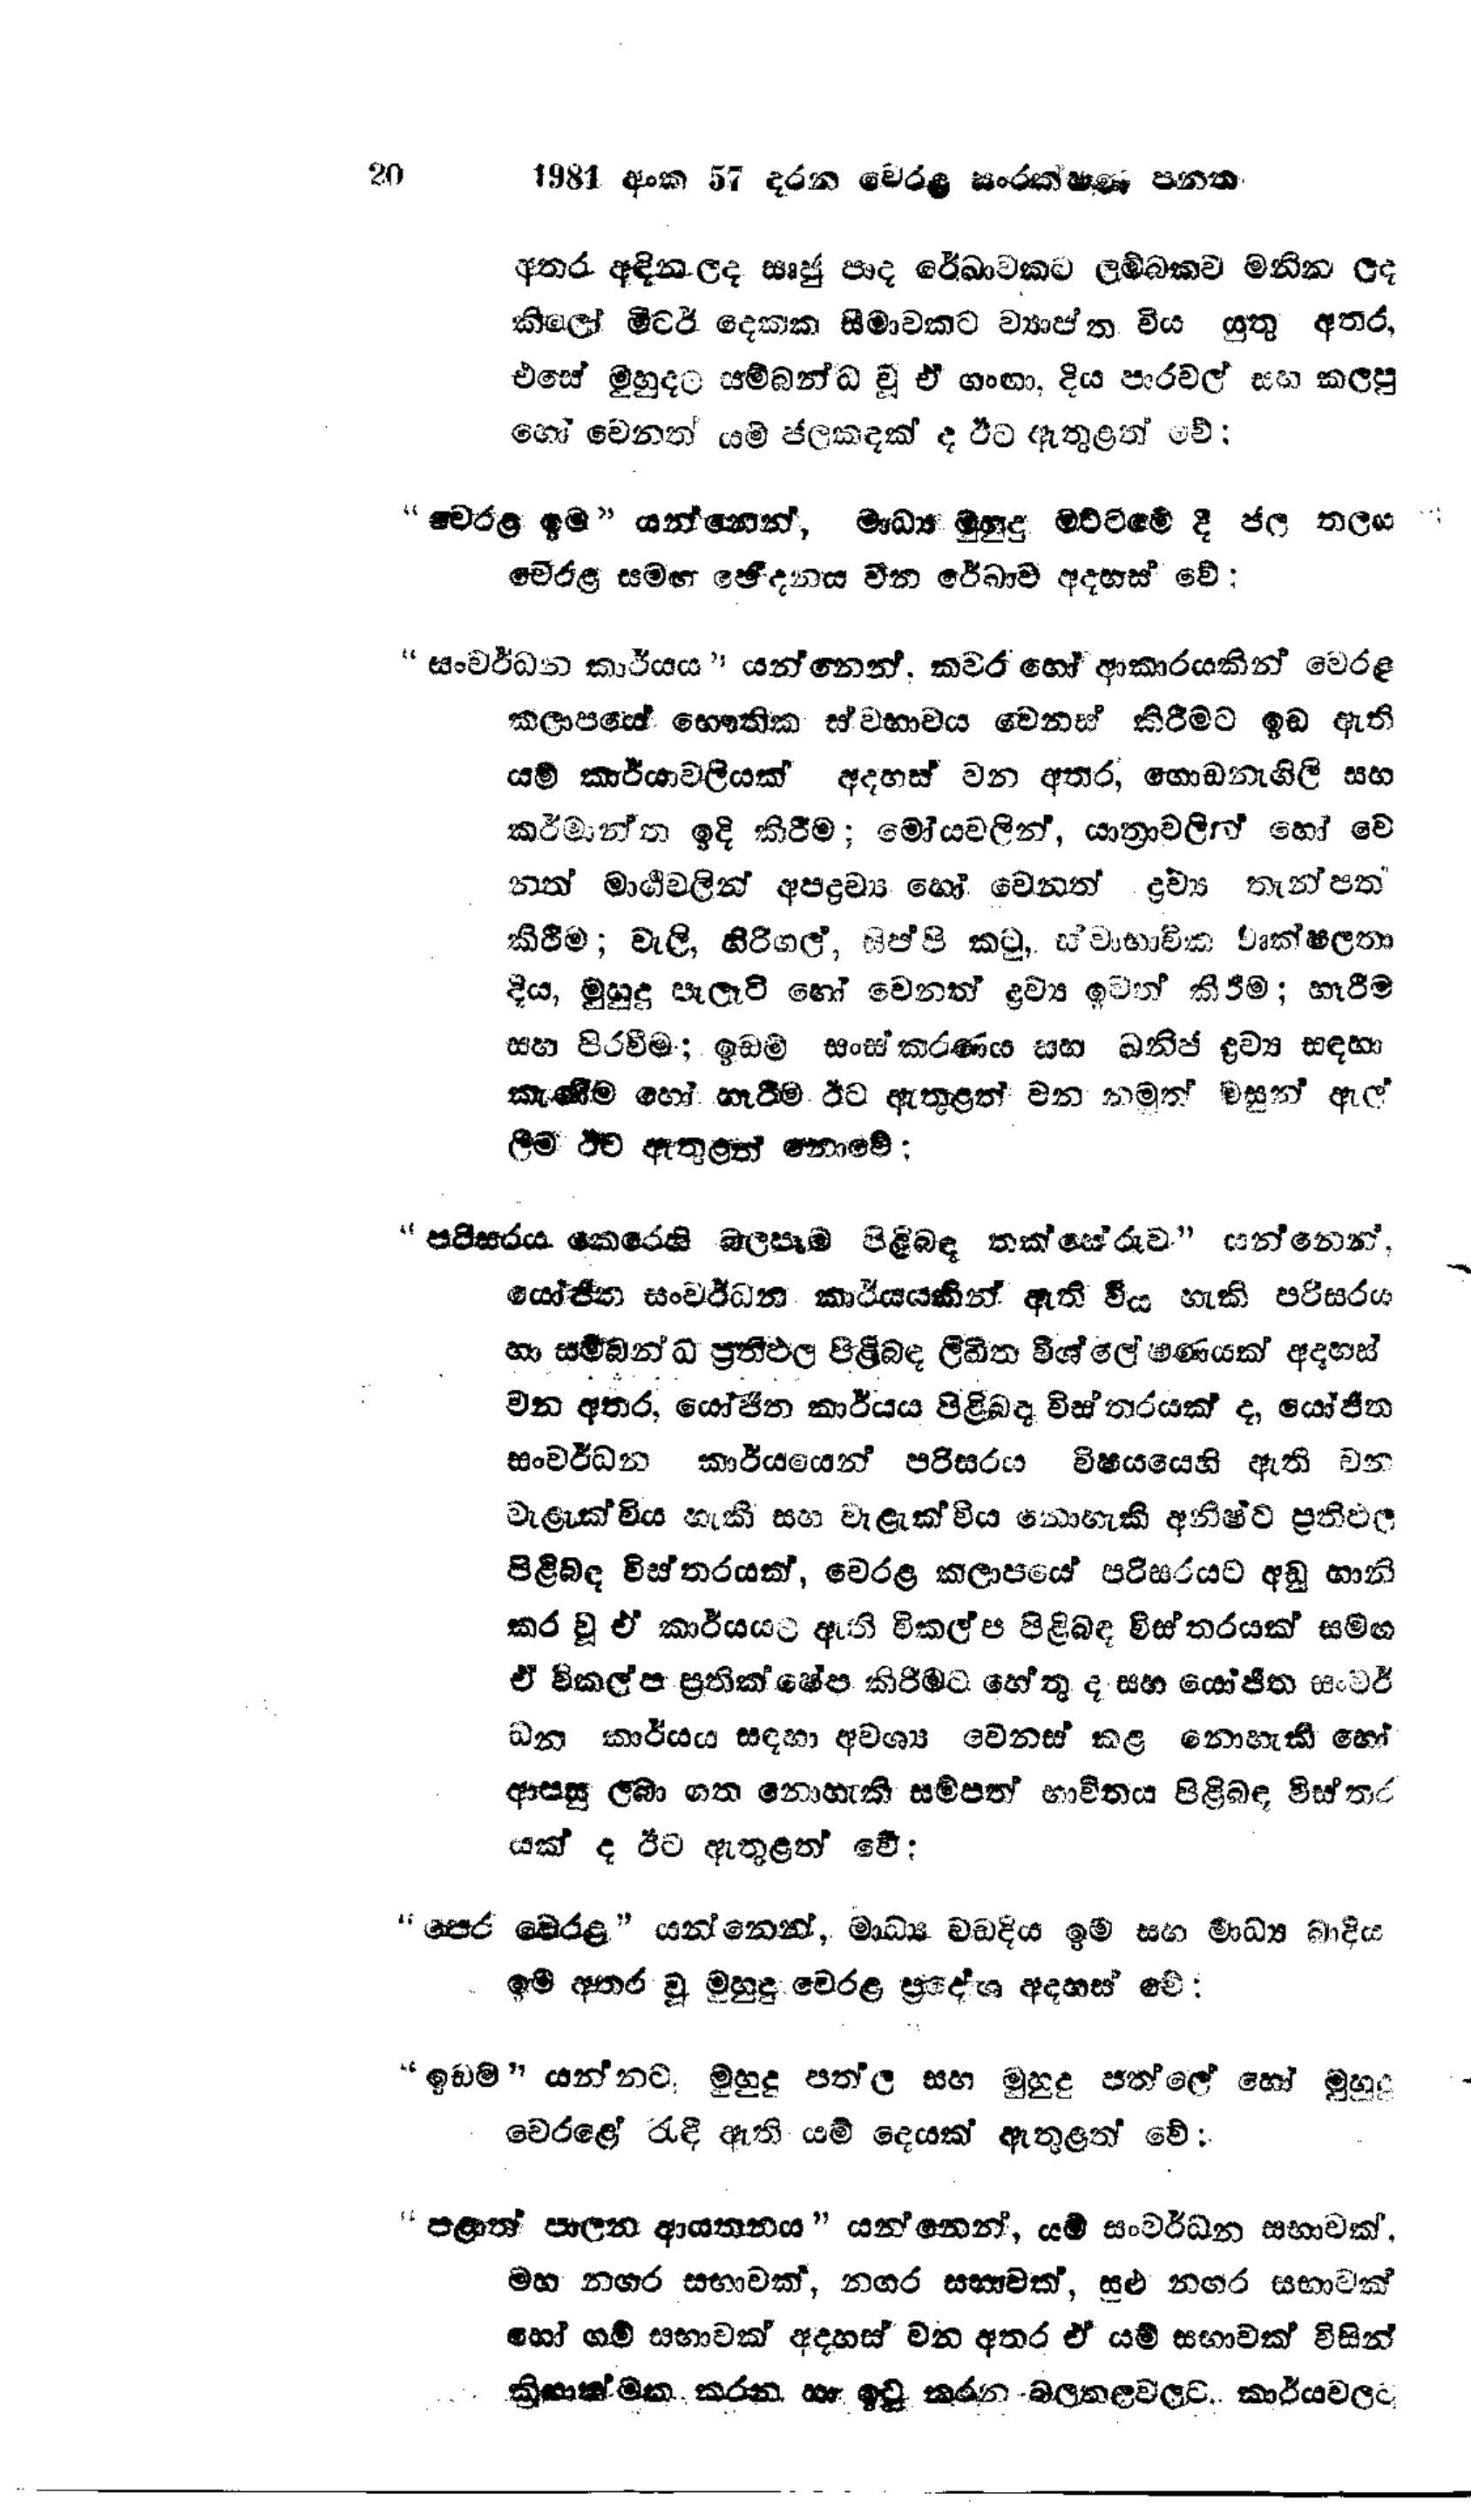
20	1981 අංක 57 දරන වෙරළ සංරක්ෂණ පනත

අතර අඳින ලද සෘජු පාද රේඛාවකට ලම්බකව මනින ලද
කිලෝ මීටර් දෙකක සීමාවකට ව්‍යාප්ත විය යුතු අතර,
එසේ මුහුදට සම්බන්ධ වූ ඒ ගංගා, දිය පාරවල් සහ කලපු
හෝ වෙනත් යම් ජලකඳක් ද ඊට ඇතුළත් වේ:

"වෙරළ ඉම " යන්නෙන්, මාධ්‍ය මුහුදු මට්ටමේ දී ජල තලය
වෙරළ සමඟ ඡේදනය වන රේඛාව අදහස් වේ:

"සංවර්ධන කාර්යය" යන්නෙන් කවර හෝ ආකාරයකින් වෙරළ
කලාපයේ භෞතික ස්වභාවය වෙනස් කිරීමට ඉඩ ඇති
යම් කාර්යාවලියක් අදහස් වන අතර, ගොඩනැගිලි සහ
කර්මාන්ත ඉදි කිරීම; මෝයවලින්, යාත්‍රාවලින් හෝ වෙ
නත් මාර්ග වලින් අපද්‍රව්‍ය හෝ වෙනත් ද්‍රව්‍ය තැන්පත්
කිරීම; වැලි, හිරිගල්, සිප්පි කටු, ස්වාභාවික වෘක්ෂලතා
දිය, මුහුදු පැලෑටි හෝ වෙනත් ද්‍රව්‍ය ඉවත් කිරීම; හෑරීම
සහ පිරවීම; ඉඩම් සංස්කරණය සහ ඛනිජ ද්‍රව්‍ය සඳහා
කැණීම හෝ හැරීම ඊට ඇතුළත් වන නමුත් මසුන් ඇල්
ලීම ඊට ඇතුළත් නොවේ

"පරිසරය කෙරෙහි බලපෑම පිළිබඳ තක්සේරුව " යන්නෙන්,
යෝජිත සංවර්ධන කාර්යයකින් ඇති විය හැකි පරිසරය
හා සම්බන්ධ ප්‍රතිඵල පිළිබඳ ලිඛිත විශ්ලේෂණයක් අදහස්
වන අතර, යෝජිත කාර්යය පිළිබඳ විස්තරයක් ද, යෝජිත
සංවර්ධන කාර්යයෙන් පරිසරය විෂයයෙහි ඇති වන
වැළැක්විය හැකි සහ වැළැක්විය නොහැකි අනිෂ්ට ප්‍රතිඵල
පිළිබඳ විස්තරයක්, වෙරළ කලාපයේ පරිසරයට අඩු හානි
කර වූ ඒ කාර්යයට ඇති විකල්ප පිළිබඳ විස්තරයක් සමඟ
ඒ විකල්ප ප්‍රතික්ෂේප කිරීමට හේතුද සහ යෝජිත සංවර්
ධන කාර්යය සඳහා අවශ්‍ය වෙනස් කළ නොහැකි හෝ
ආපසු ලබා ගත නොහැකි සම්පත් භාවිතය පිළිබඳ විස්තර
යක් ද ඊට ඇතුළත් වේ:

"පෙර වෙරළ" යන්නෙන්, මාධ්‍ය වඩදිය ඉම සහ මාධ්‍ය බාදිය
ඉම අතර වූ මුහුදු වෙරළ ප්‍රදේශ අදහස් මේ:

"ඉඩම " යන්නට මුහුදු පත්ල සහ මුහුදු පත්ලේ හෝ මුහුදු
වෙරළේ රැඳී ඇති යම් දෙයක් ඇතුළත් වේ:

"පළාත් පාලන ආයතනය " යන්නෙන්, යම් සංවර්ධන සභාවක්.
මහ නගර සභාවක්, නගර සභාවක්, සුළු නගර සභාවක්
හෝ ගම් සභාවක් අදහස් වන අතර ඒ යම් සභාවක් විසින්
ක්‍රියාත්මක කරන හා ඉටු කරන බලතලවලට කාර්යවලට